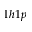
1 h 1 p